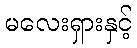
မလေးရှားနှင့်